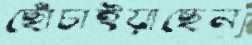
ছোঁচাইয়াছেন